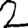
Digit: 2